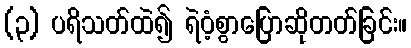
(၃) ပရိသတ်ထဲ၍ ရဲဝံ့စွာပြောဆိုတတ်ခြင်း။